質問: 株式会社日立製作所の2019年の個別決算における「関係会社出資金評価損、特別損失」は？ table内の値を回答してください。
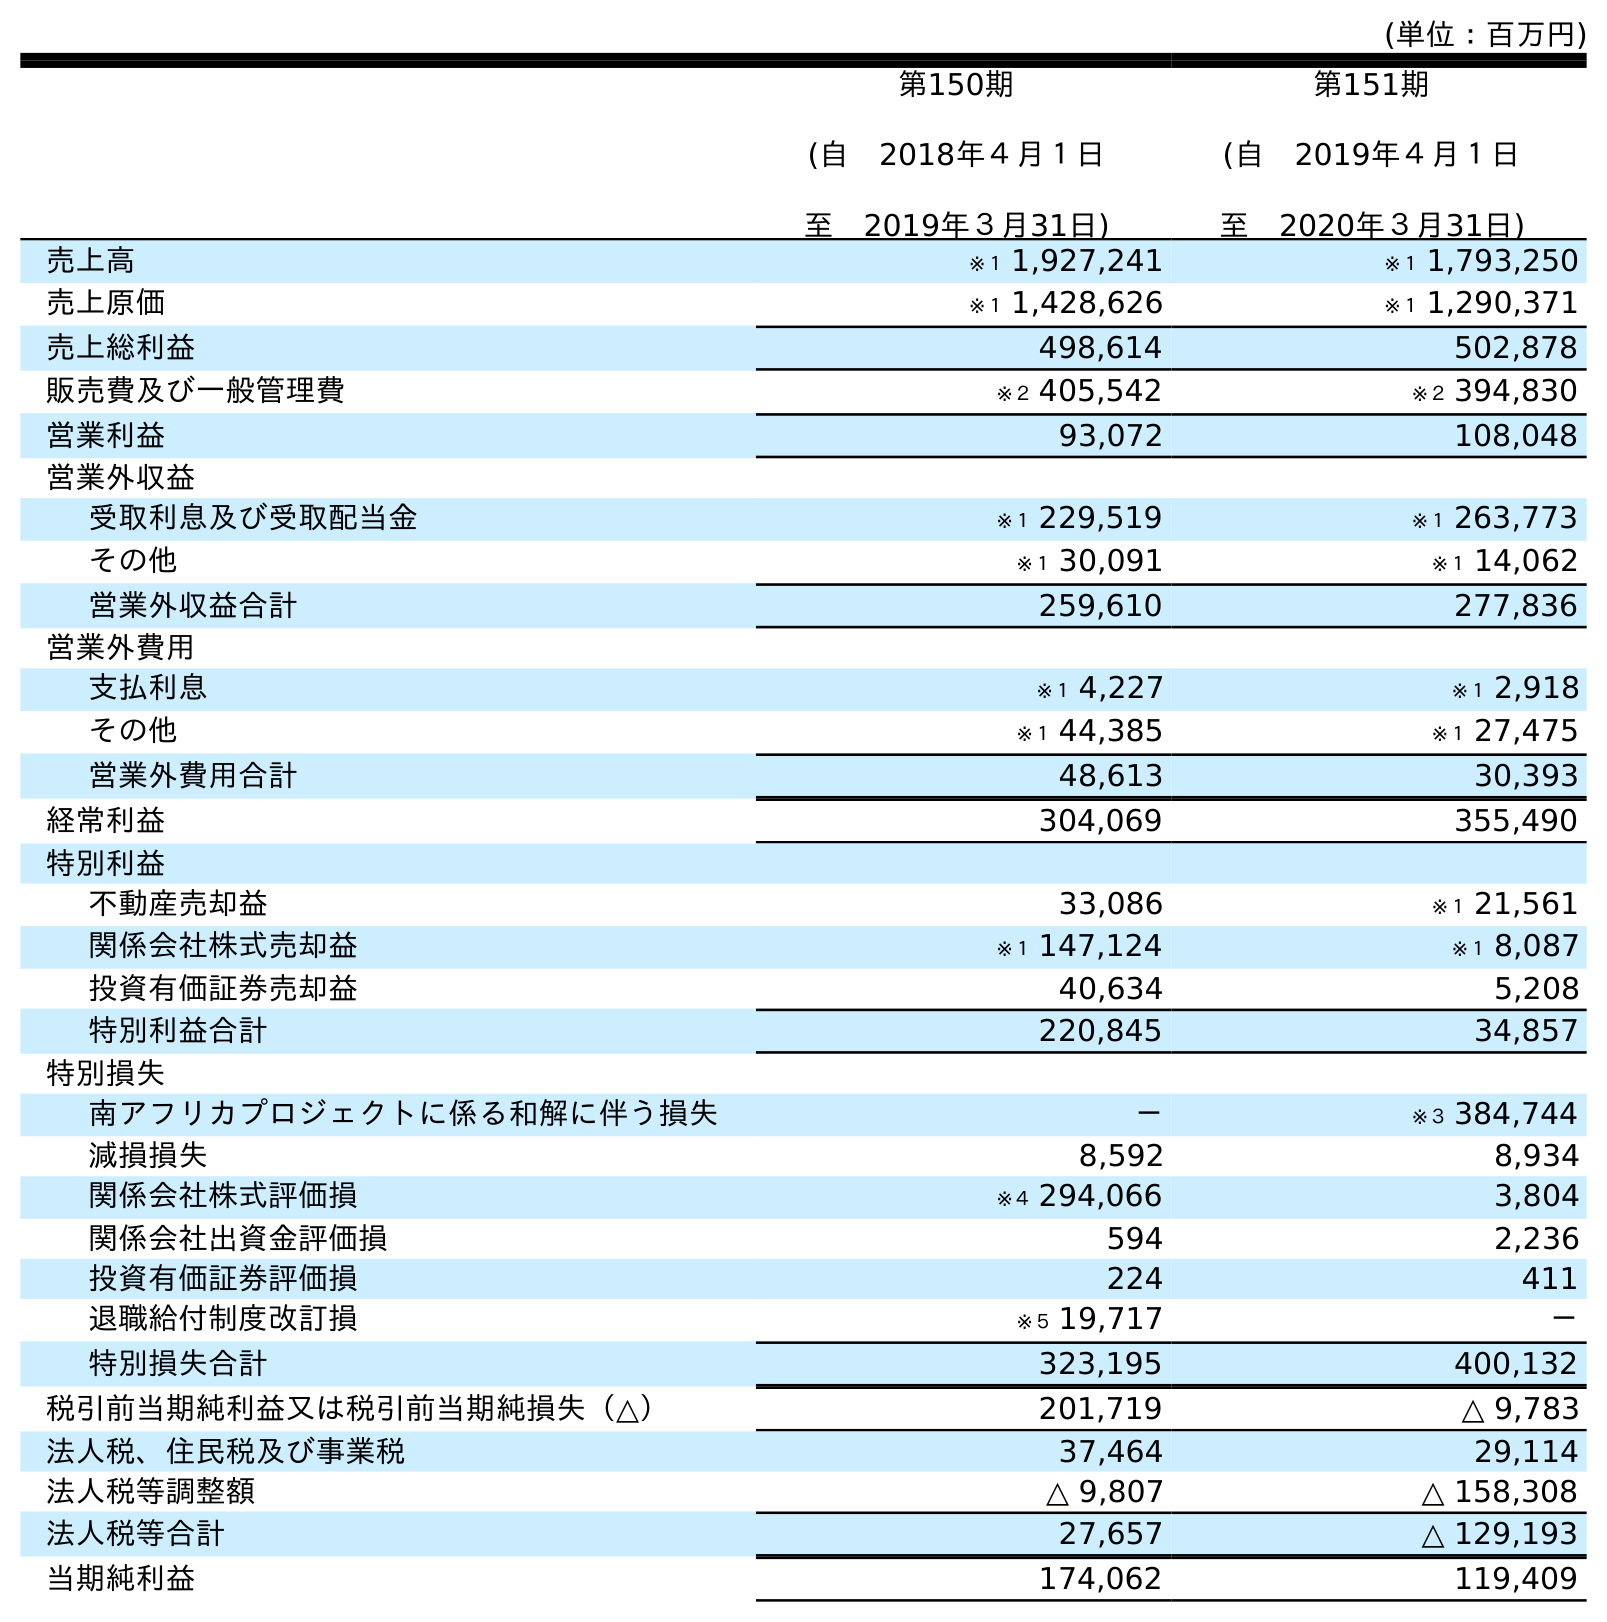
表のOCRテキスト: (単位：百万円) 第150期 (自 2018年４月１日 至 2019年３月31日) 第151期 (自 2019年４月１日 至 2020年３月31日) 売上高 ※１ 1,927,241 ※１ 1,793,250 売上原価 ※１ 1,428,626 ※１ 1,290,371 売上総利益 498,614 502,878 販売費及び一般管理費 ※２ 405,542 ※２ 394,830 営業利益 93,072 108,048 営業外収益 受取利息及び受取配当金 ※１ 229,519 ※１ 263,773 その他 ※１ 30,091 ※１ 14,062 営業外収益合計 259,610 277,836 営業外費用 支払利息 ※１ 4,227 ※１ 2,918 その他 ※１ 44,385 ※１ 27,475 営業外費用合計 48,613 30,393 経常利益 304,069 355,490 特別利益 不動産売却益 33,086 ※１ 21,561 関係会社株式売却益 ※１ 147,124 ※１ 8,087 投資有価証券売却益 40,634 5,208 特別利益合計 220,845 34,857 特別損失 南アフリカプロジェクトに係る和解に伴う損失 － ※３ 384,744 減損損失 8,592 8,934 関係会社株式評価損 ※４ 294,066 3,804 関係会社出資金評価損 594 2,236 投資有価証券評価損 224 411 退職給付制度改訂損 ※５ 19,717 － 特別損失合計 323,195 400,132 税引前当期純利益又は税引前当期純損失（△） 201,719 △ 9,783 法人税、住民税及び事業税 37,464 29,114 法人税等調整額 △ 9,807 △ 158,308 法人税等合計 27,657 △ 129,193 当期純利益 174,062 119,409
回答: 594